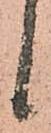
候